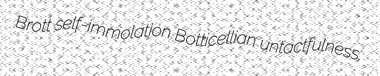
Brott self-immolation Botticellian untactfulness